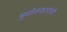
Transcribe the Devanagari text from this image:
मुधोळकारांनी